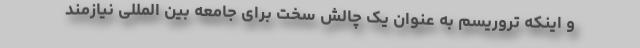
و اینکه تروریسم به عنوان یک چالش سخت برای جامعه بین المللی نیازمند